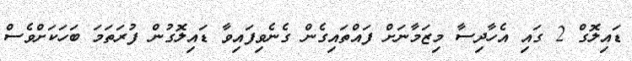
ޑައިލޮގް 2 ގައި އެހާދިސާ މިޒަމާނަށް ފައްތައިގެން ގެނެވިފައިވާ ޑައިލޮގުން ފުރަތަމަ ބަހަކަށްވެސް